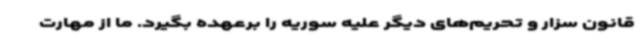
قانون سزار و تحریم‌های دیگر علیه سوریه را برعهده بگیرد. ما از مهارت